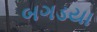
બગડયા